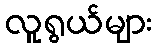
လူရွယ်များ